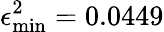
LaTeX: \epsilon_{\mathrm{min}}^{2}=0.0449